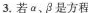
3.若α、β是方程x”+2(k+3)x+k3+3=0的两个实数根，则(a-1)2+(β-1)*